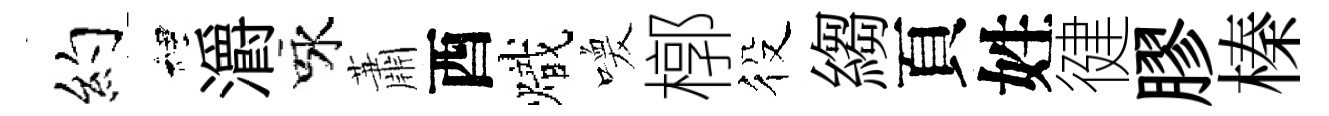
约裡灂咏蕭酉熾喚槨役縐頁姓徤膠榛